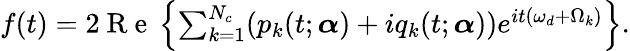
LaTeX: \begin{array}{r}{f(t)=2\mathrm{~R~e~}\left\{ \sum_{k=1}^{N_{c}}(p_{k}(t;\boldsymbol{\alpha})+iq_{k}(t;\boldsymbol{\alpha}))e^{it(\omega_{d}+\Omega_{k})}\right\} .}\end{array}